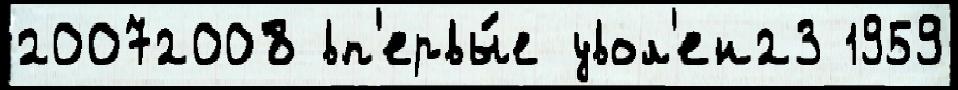
20072008 вп'ервы́е увол'ен23 1959